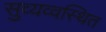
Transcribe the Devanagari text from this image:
सुव्यव्वस्थित